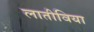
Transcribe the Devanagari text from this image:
लातीविया